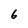
Character: 6